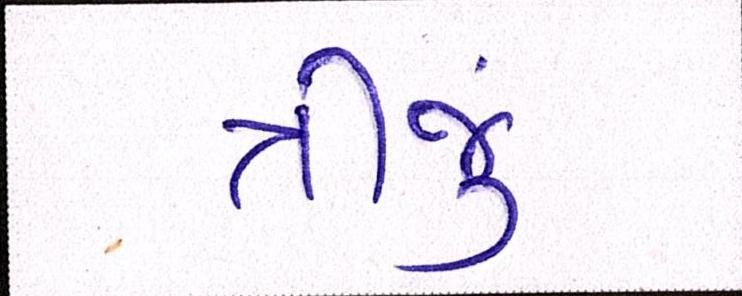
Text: ત્રીજું